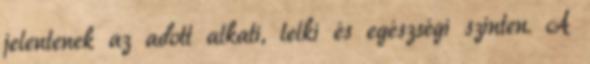
jelentenek az adott alkati, lelki és egészségi szinten. A